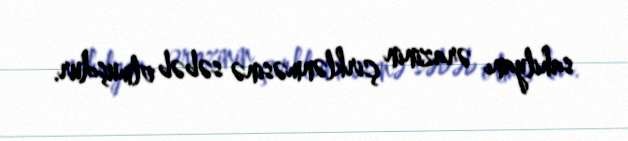
sahilyanı ərazinin çirklənməsinə səbəb olmuşdur.